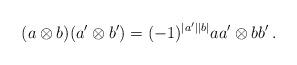
LaTeX: \begin{align*}(a\otimes b)(a'\otimes b')=(-1)^{|a'||b|}aa'\otimes bb'\,.\end{align*}